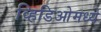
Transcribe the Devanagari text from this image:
व्हिडिओमध्ये